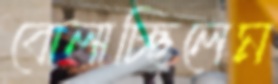
বোলাচ্ছিলেম